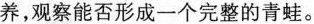
养，观察能否形成一个完整的青蛙。